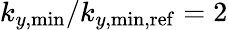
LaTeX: k_{y,\mathrm{min}}/k_{y,\mathrm{min,ref}}=2